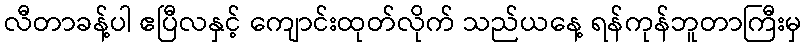
လီတာခန့်ပါ ဧပြီလနှင့် ကျောင်းထုတ်လိုက် သည်ယနေ့ ရန်ကုန်ဘူတာကြီးမှ